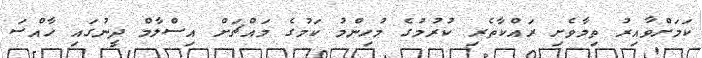
ކަމަށްވާއިރު ތިމާވެށި ރައްކާތެރި ކުރުމުގެ މުހިންމު ކަމުގެ މައްޗަށް އިސްލާމް ދީނުގައި ހާއްސަ